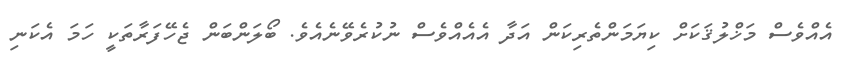
އެއްވެސް މަޚްލުޤަކަށް ކިޔަމަންތެރިކަން އަދާ އެއެއްވެސް ނުކުރެވޭނެއެވެ. ބޯލަންބަން ޖެހޭފަރާތަކީ ހަމަ އެކަނި